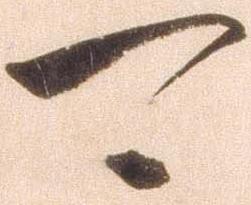
可